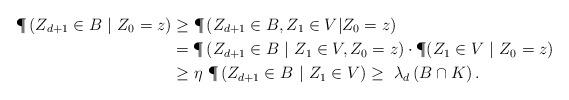
LaTeX: \begin{align*} \P\left(Z_{d+1}\in B\ |\ Z_0=z\right)& \ge \P\left(Z_{d+1}\in B, Z_1\in V |Z_0=z\right)\\& = \P\left(Z_{d+1}\in B\ |\ Z_1\in V,Z_0=z\right)\cdot \P(Z_1\in V\ |\ Z_0=z) \\ & \ge \eta~\P\left(Z_{d+1}\in B\ |\ Z_1\in V \right) \ge ~ \lambda_d \left(B\cap K\right).\end{align*}